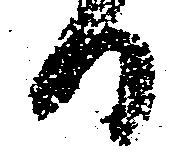
日